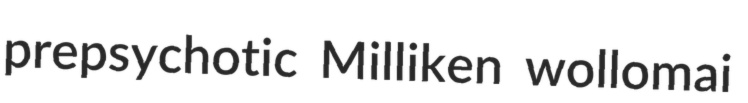
prepsychotic Milliken wollomai